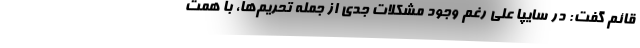
قائم گفت: در سایپا علی رغم وجود مشکلات جدی از جمله تحریم‌ها، با همت